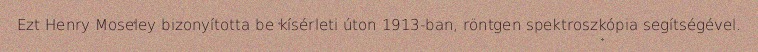
Ezt Henry Moseley bizonyította be kísérleti úton 1913-ban, röntgen spektroszkópia segítségével.